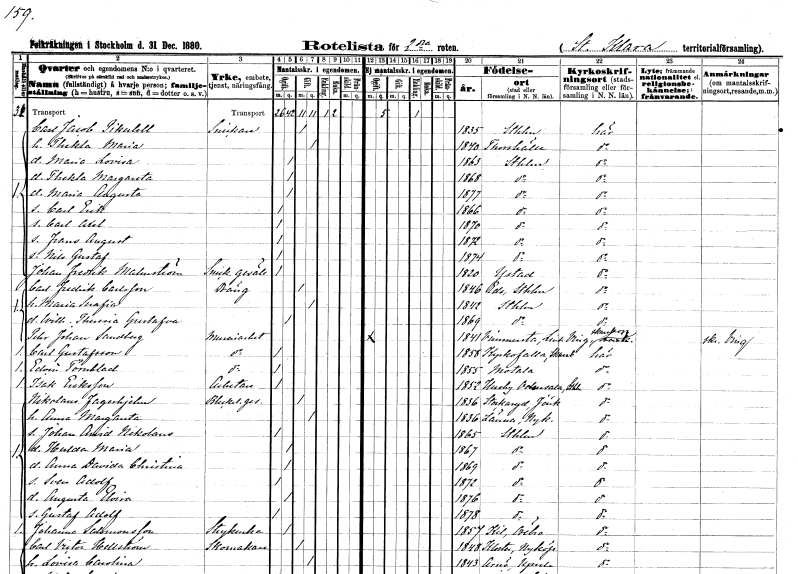
gt_parse: households: individuals: FN: Carl Jacob
EN: Pikulell
YRKE: Snickare
KON: M
CIV: G
FODAR: 1835
FODFORS: Stockholm
FN: Thekla Maria
KON: K
CIV: G
FODAR: 1840
FODFORS: Torshälla Södermanlands län
FN: Maria Lovisa
KON: K
CIV: O
FODAR: 1863
FODFORS: Stockholm
FN: Thekla Margareta
KON: K
CIV: O
FODAR: 1868
FODFORS: Stockholm
FN: Maria Augusta
KON: K
CIV: O
FODAR: 1877
FODFORS: Stockholm
FN: Carl Erik
KON: M
CIV: O
FODAR: 1866
FODFORS: Stockholm
FN: Carl Axel
KON: M
CIV: O
FODAR: 1870
FODFORS: Stockholm
FN: Frans August
KON: M
CIV: O
FODAR: 1872
FODFORS: Stockholm
FN: Nils Gustaf
KON: M
CIV: O
FODAR: 1874
FODFORS: Stockholm
FN: Johan Fredrik
EN: Malmström
YRKE: Snickaregesäll
KON: M
CIV: O
FODAR: 1820
FODFORS: Ystad Malmöhus län
FN: Carl Fredrik
EN: Carlsson
YRKE: Dräng
KON: M
CIV: G
FODAR: 1846
FODFORS: Ed Stockholms län
FN: Maria Serafia
KON: K
CIV: G
FODAR: 1842
FODFORS: Stockholm
FN: Wilhelmina Theresia Gustafva
KON: K
CIV: O
FODAR: 1869
FODFORS: Stockholm
FN: Peter Johan
EN: Sandberg
YRKE: Mureriarbetare
KON: M
CIV: O
FODAR: 1841
FODFORS: Vinnerstad Östergötlands län
FN: Carl
EN: Gustafsson
YRKE: Mureriarbetare
KON: M
CIV: O
FODAR: 1858
FODFORS: Kyrkefalla Skaraborgs län
FN: Edvin
EN: Törnblad
YRKE: Mureriarbetare
KON: M
CIV: O
FODAR: 1855
FODFORS: Motala Östergötlands län
FN: Isak
EN: Eriksson
YRKE: Arbetare
KON: M
CIV: O
FODAR: 1852
FODFORS: Odensala Stockholms län
FN: Nikolaus
EN: Fagerhjelm
YRKE: Bleckslagaregesäll
KON: M
CIV: G
FODAR: 1836
FODFORS: Stockaryd Jönköpings län
FN: Anna Margareta
KON: K
CIV: G
FODAR: 1836
FODFORS: Länna Södermanlands län
FN: Johan Arvid Nikolaus
KON: M
CIV: O
FODAR: 1865
FODFORS: Stockholm
FN: Hulda Maria
KON: K
CIV: O
FODAR: 1867
FODFORS: Stockholm
FN: Anna Davida Christina
KON: K
CIV: O
FODAR: 1869
FODFORS: Stockholm
FN: Sven Adolf
KON: M
CIV: O
FODAR: 1872
FODFORS: Stockholm
FN: Augusta Elvira
KON: K
CIV: O
FODAR: 1876
FODFORS: Stockholm
FN: Gustaf Adolf
KON: M
CIV: O
FODAR: 1878
FODFORS: Stockholm